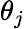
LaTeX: \theta_{j}